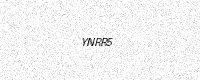
Text: YNRR5